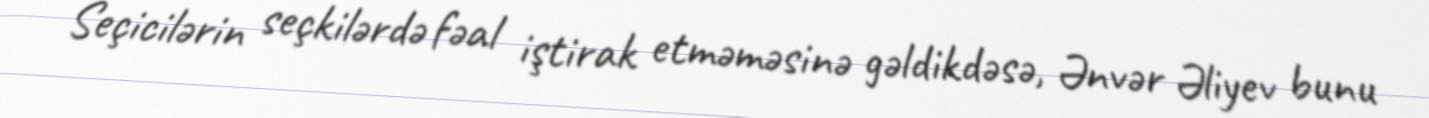
Seçicilərin seçkilərdə fəal iştirak etməməsinə gəldikdəsə, Ənvər Əliyev bunu